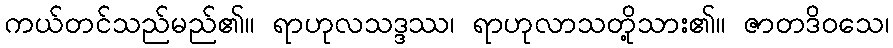
ကယ်တင်သည်မည်၏။ ရာဟုလသဒ္ဒဿ၊ ရာဟုလာသတို့သား၏။ ဇာတဒိဝသေ၊